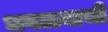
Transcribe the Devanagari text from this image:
धवळ्याची